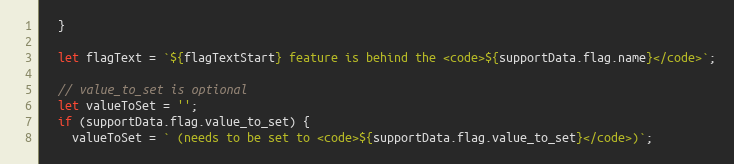
Language: JavaScript
  }

  let flagText = `${flagTextStart} feature is behind the <code>${supportData.flag.name}</code>`;

  // value_to_set is optional
  let valueToSet = '';
  if (supportData.flag.value_to_set) {
    valueToSet = ` (needs to be set to <code>${supportData.flag.value_to_set}</code>)`;